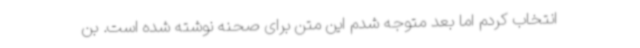
انتخاب کردم اما بعد متوجه شدم این متن برای صحنه نوشته شده است. بن